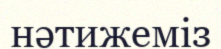
нәтижеміз